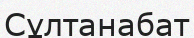
Сұлтанабат